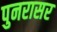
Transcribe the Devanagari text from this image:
पुनरासर